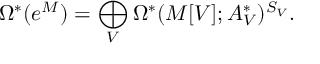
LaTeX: \Omega ^ { * } ( e ^ { M } ) = \bigoplus _ { V } \Omega ^ { * } ( M [ V ] ; A _ { V } ^ { * } ) ^ { S _ { V } } .